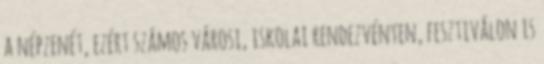
a népzenét, ezért számos városi, iskolai rendezvényen, fesztiválon is